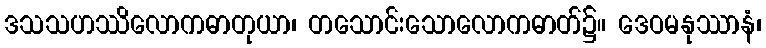
ဒသသဟဿိလောကဓာတုယာ၊ တသောင်းသောလောကဓာတ်၌။ ဒေဝမနုဿာနံ၊